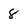
Character: 8